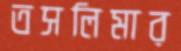
তসলিমার